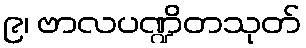
၉၊ ဗာလပဏ္ဍိတသုတ်